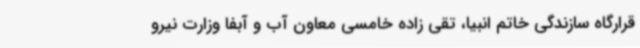
قرارگاه سازندگی خاتم انبیا، تقی زاده خامسی معاون آب و آبفا وزارت نیرو